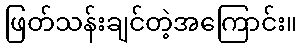
ဖြတ်သန်းချင်တဲ့အကြောင်း။